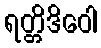
ရတ္တိဒိဝေါ